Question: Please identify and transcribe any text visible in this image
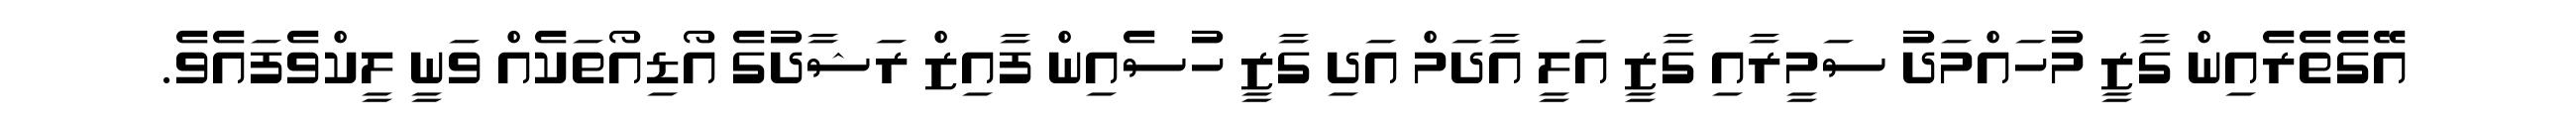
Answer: އޭގެތެރެއިން ގާޒީ މުހައްމަދު ސަމީރާއި ގާޒީ އަލީ އާދަމް އަދި ގާޒީ ހުސެއިން ފާއިޒް ރަޝާދުގެ އޯޑިއޯތަކެއް ވަނީ ލީކްވެފައެވެ.